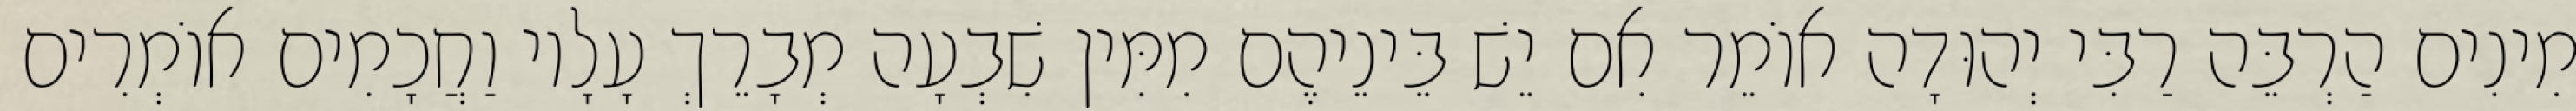
מִינִים הַרְבֵּה רַבִּי יְהוּדָה אוֹמֵר אִם יֵשׁ בֵּינֵיהֶם מִמִּין שִׁבְעָה מְבָרֵךְ עָלָיו וַחֲכָמִים אוֹמְרִים